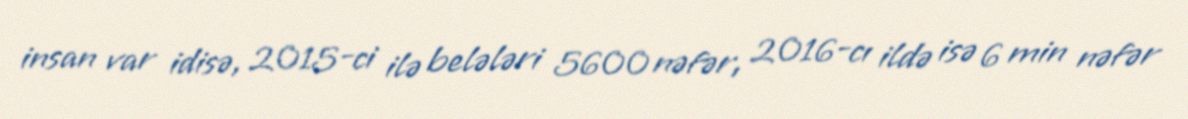
insan var idisə, 2015-ci ilə belələri 5600 nəfər, 2016-cı ildə isə 6 min nəfər